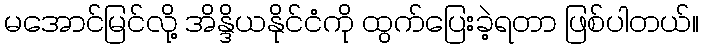
မအောင်မြင်လို့ အိန္ဒိယနိုင်ငံကို ထွက်ပြေးခဲ့ရတာ ဖြစ်ပါတယ်။